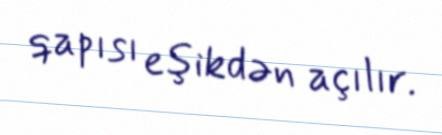
qapısı eşikdən açılır.